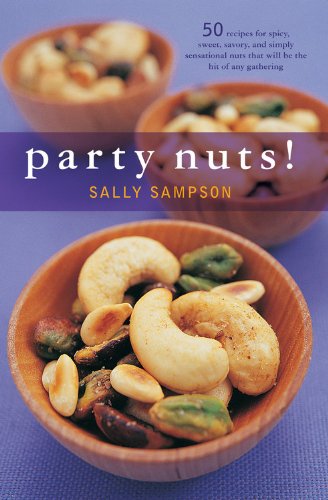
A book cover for Party Nuts!: 50 Recipes for Spicy, Sweet, Savory, and Simply Sensational Nuts That Will Be the Hit of Any Gathering (50 Series); Sally Sampson; Cookbooks, Food & Wine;